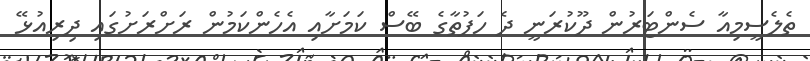
ތެލެސީމިއާ ސެންޓަރުން ދޫކުރަނީ ދެ ހަފުތާގެ ބޭސް ކަމަށާއި އެހެންކަމުން ރަށްރަށުގައި ދިރިއުޅޭ